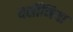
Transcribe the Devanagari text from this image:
यर्सीनिया